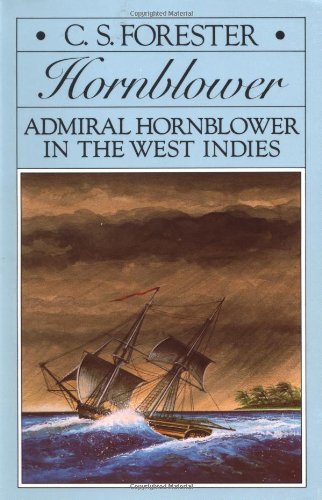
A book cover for Admiral Hornblower in the West Indies (Hornblower Saga); C. S. Forester; Literature & Fiction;